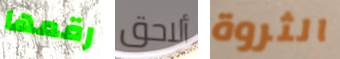
رقمها ألاحق الثروة